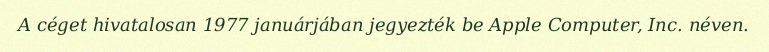
A céget hivatalosan 1977 januárjában jegyezték be Apple Computer, Inc. néven.